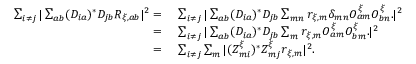
\begin{array} { r l } { \sum _ { i \neq j } | \sum _ { a b } ( D _ { i a } ) ^ { * } D _ { j b } R _ { \xi , a b } | ^ { 2 } = \, } & { { } \sum _ { i \neq j } | \sum _ { a b } ( D _ { i a } ) ^ { * } D _ { j b } \sum _ { m n } r _ { \xi , m } \delta _ { m n } O _ { a m } ^ { \xi } O _ { b n } ^ { \xi } . | ^ { 2 } } \\ { = \, } & { { } \sum _ { i \neq j } | \sum _ { a b } ( D _ { i a } ) ^ { * } D _ { j b } \sum _ { m } r _ { \xi , m } O _ { a m } ^ { \xi } O _ { b m } ^ { \xi } . | ^ { 2 } } \\ { = \, } & { { } \sum _ { i \neq j } \sum _ { m } | ( Z _ { m i } ^ { \xi } ) ^ { * } Z _ { m j } ^ { \xi } r _ { \xi , m } | ^ { 2 } . } \end{array}